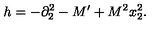
h = - \partial _ { 2 } ^ { 2 } - M ^ { \prime } + M ^ { 2 } x _ { 2 } ^ { 2 } .